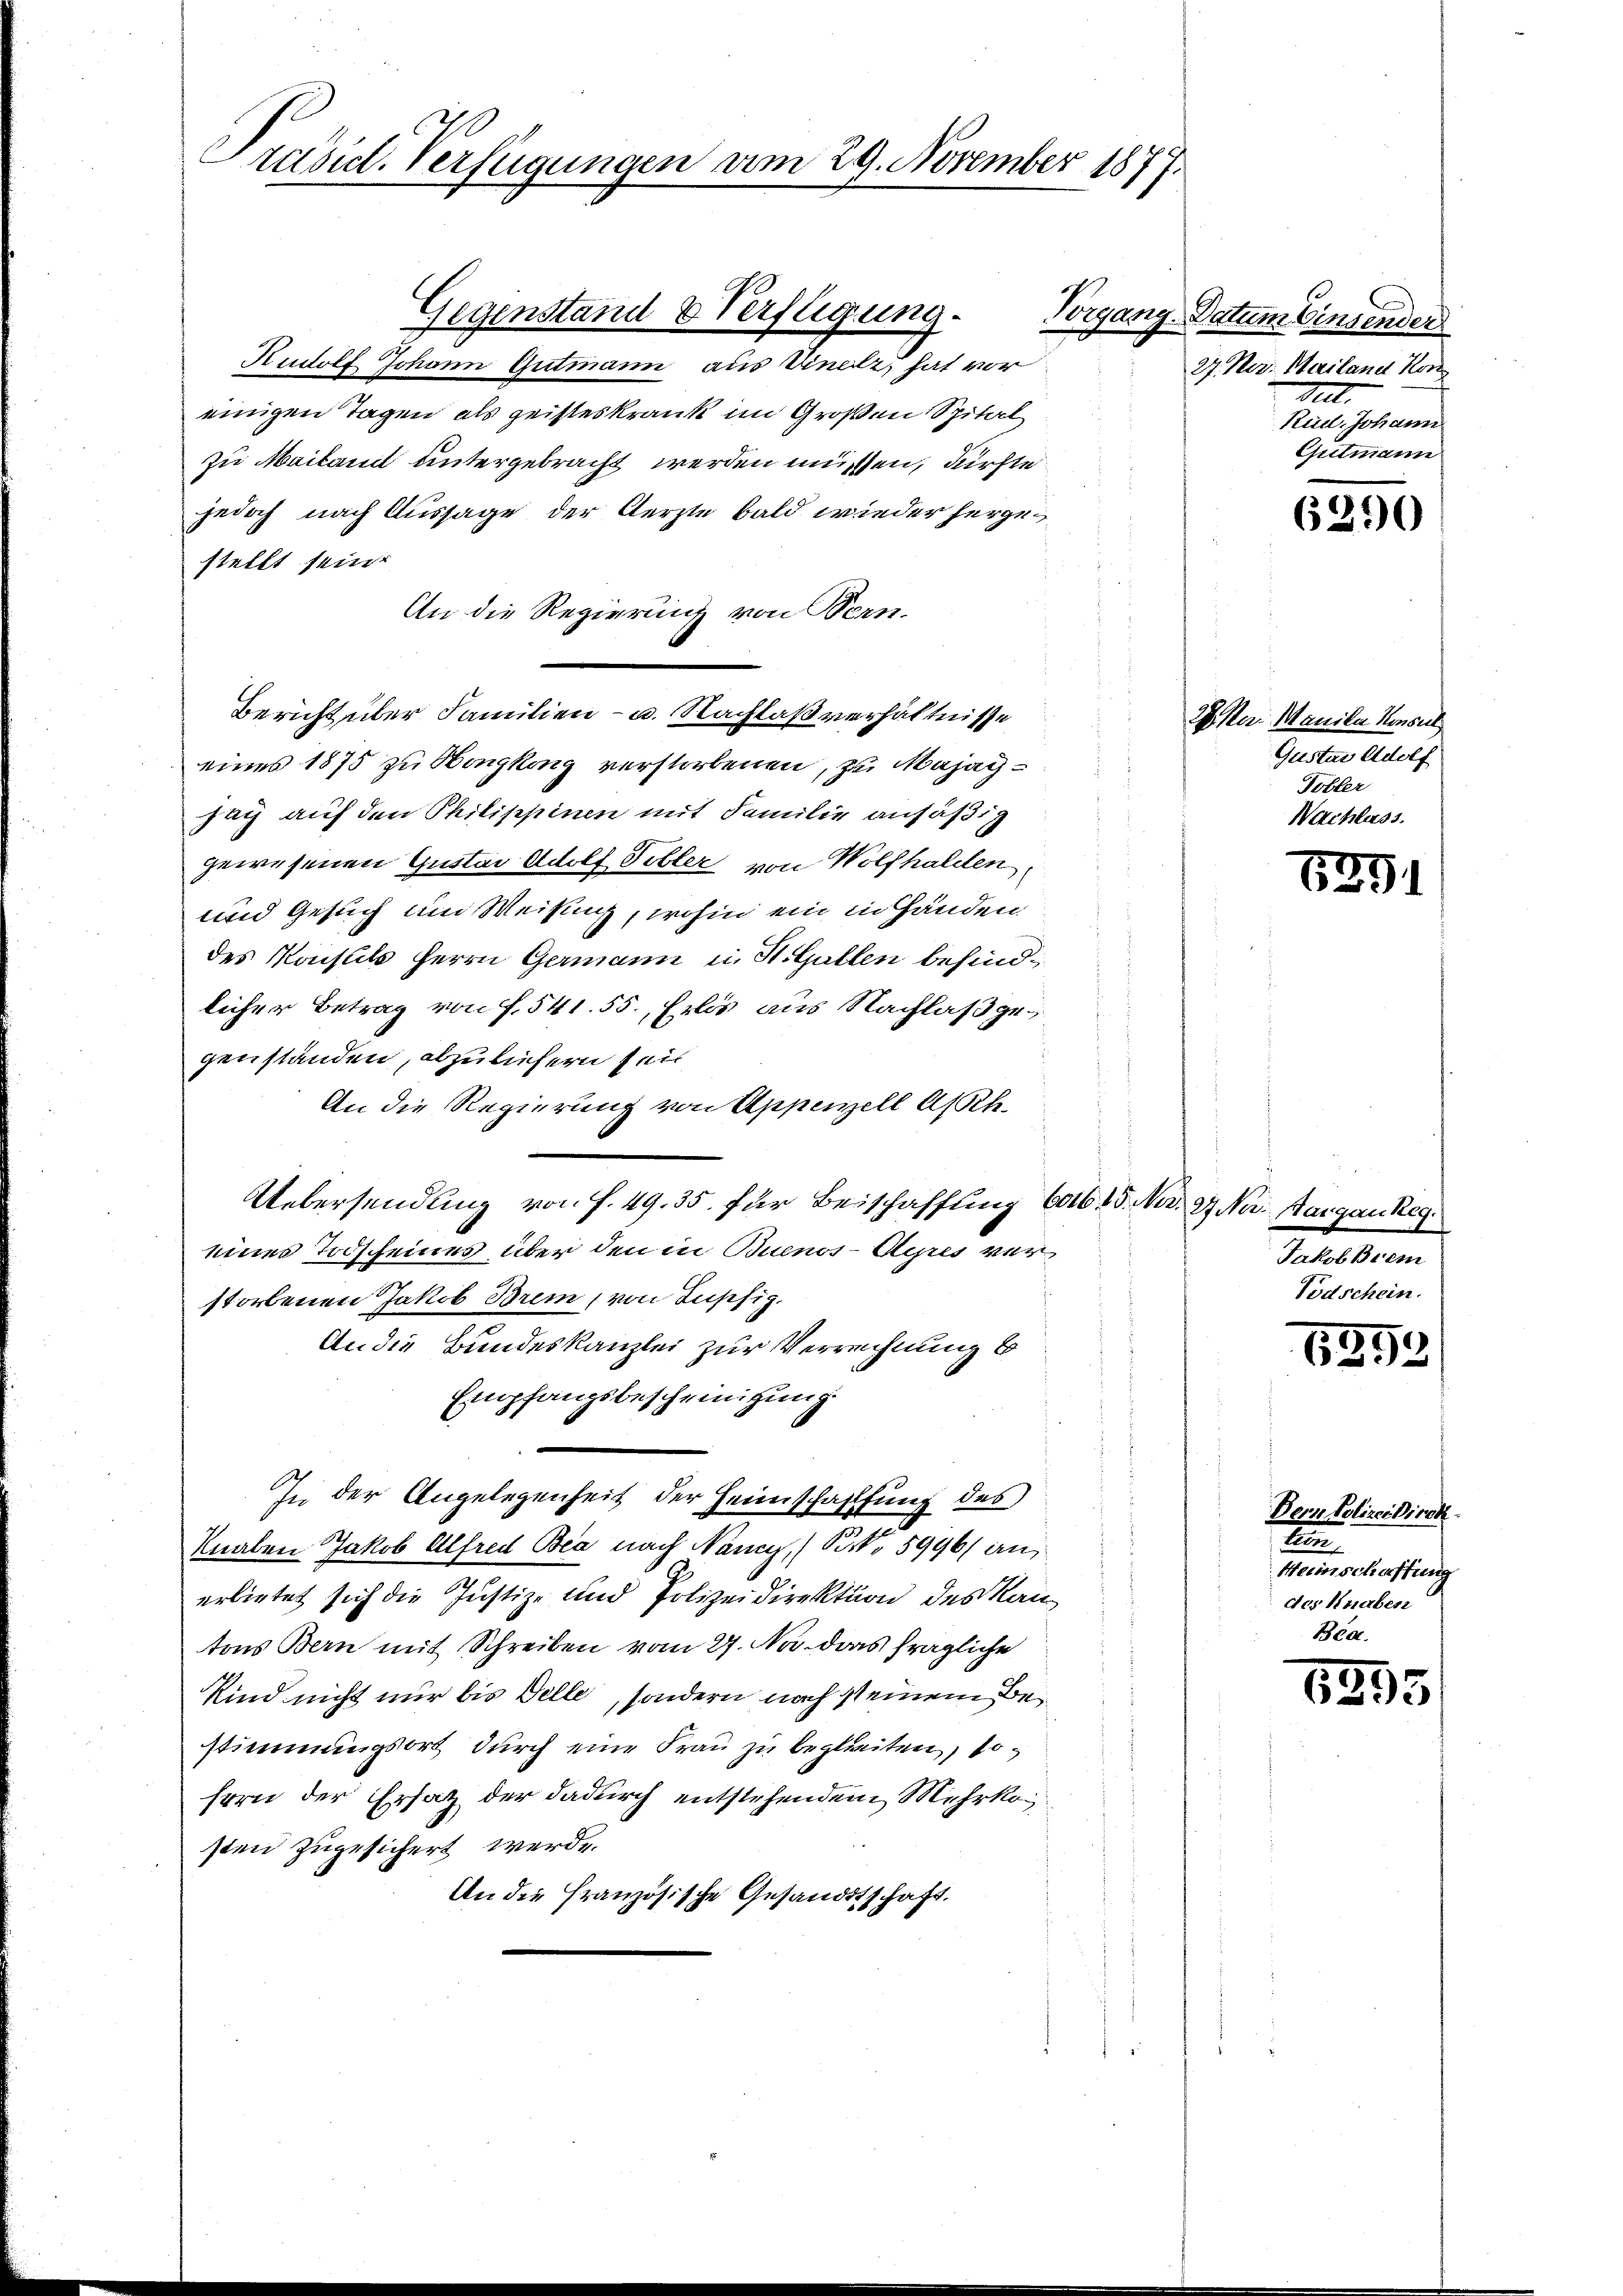
Präsid. Verfügungen am 29. November 187

einigen Tagen als geisteskrank im Großen Spital
zu Mailand untergebracht werden müssen, dürfte
jedoch nach Aussage der Aerzte bald wieder hergestellt sein.
An die Regierung von Bern.
Bericht über Familien- u. Nachlaßverhältnisse
eines 1875 zu Nongkong verstorbenen, zu Majagzag auf den Philippinen mit Familie ansäßig
gewesenen Gustav Adolf Tobler von Wolfhalden,
und Gesuch um Weisung, wohin ein in Händen
des Konsuls Herrn Germann in St. Gallen befindlicher Betrag von f. 541. 55., Erlös aus Nachlaßgegenständen, abzuliehern seit
An die Regierung von Appenzell Art.
Uebersendung von f. 49. 35. für Beischaffung 6016, 15. Mn. 9. No. Aargau Reg
eines Todscheines über den in Buenos-Ayres verstorbenen Jakob Brem, von Insefiz.
An die Bundeskanzlei zur Verrechnung b
Empfangsbescheinigung
In der Angelegenheit der Heimschaffung des
Knaben Jakob Alfred Bea nach Nancy, (Port. 5996/ an
erlietet sich die Justiz- und Polizeidirektion des Kantons Bern mit Schreiben vom 27. Na das fragliche
Kind nicht nur bis Delle, sondern nach seinem Be
stimmungsort durch eine Frau zu begleiten, sofern der Ersatz der dadurch entstehendem Mehrkosten zugesichert werde.
An die Französische Gesandtschaft.

Gegenstand & Verfligung.
Rudolf Johann Gutmann aus Vinellz, hat vor

Vorgang Datum Einsender
27. Nez. Mailand Kon
dert.
Rud. Johann
Guitmann

6290

2 Rer. Manike Konsul
Gustav Adolf
Tobler
Nachlass.

5291

Jakob Brem
Todschein.

6252

Der Polizeidirek
d
Weinschaftung
des Knaben
Béa.

6295